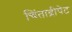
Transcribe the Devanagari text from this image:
चिंताद्रीपेट